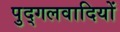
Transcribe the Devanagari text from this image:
पुद्गलवादियों